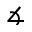
\measuredangle